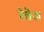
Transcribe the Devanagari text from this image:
रेवेज